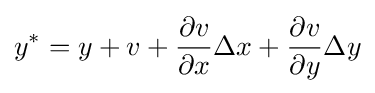
y^{*}=y+v+{\frac {\partial v}{\partial x}}\Delta x+{\frac {\partial v}{\partial y}}\Delta y